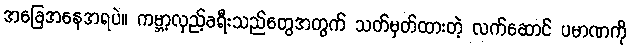
အခြေအနေအရပဲ။ ကမ္ဘာ့လှည့်ခရီးသည်တွေအတွက် သတ်မှတ်ထားတဲ့ လက်ဆောင် ပမာဏကို